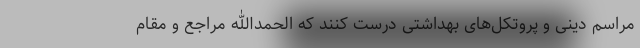
مراسم دینی و پروتکل‌های بهداشتی درست کنند که الحمدالله مراجع و مقام